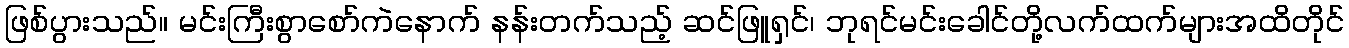
ဖြစ်ပွားသည်။ မင်းကြီးစွာစော်ကဲနောက် နန်းတက်သည့် ဆင်ဖြူရှင်၊ ဘုရင်မင်းခေါင်တို့လက်ထက်များအထိတိုင်